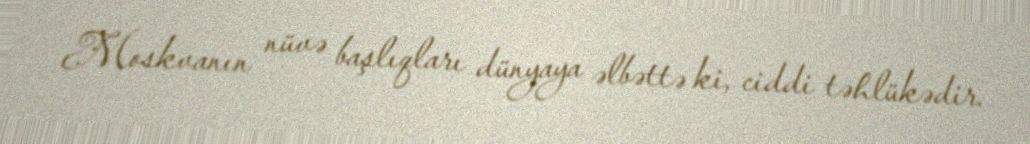
Moskvanın nüvə başlıqları dünyaya əlbəttə ki, ciddi təhlükədir.